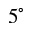
5 ^ { \circ }